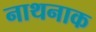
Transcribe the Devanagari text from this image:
नाथनाक